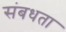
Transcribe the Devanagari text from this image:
संबधता